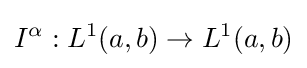
I^{\alpha }:L^{1}(a,b)\to L^{1}(a,b)